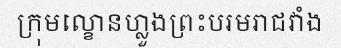
ក្រុមល្ខោនហ្លួងព្រះបរមរាជវាំង